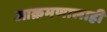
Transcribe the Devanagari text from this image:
आक्रमणालाही